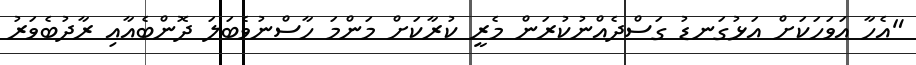
"އެހާ އަވަހަކަށް އަޅުގަނޑު ގަސްދެއްނުކުރަން މެރީ ކުރާކަށް މަންމަ ހާސްނުވެބަލަ ދޮންބެއާއި ރާދުބެވަރު